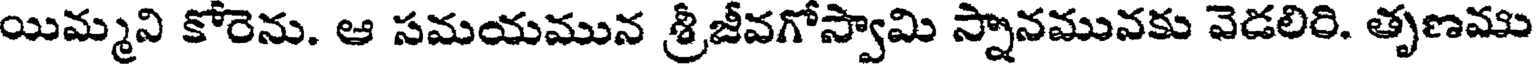
యిమ్మని కోరెను. ఆ సమయమున శ్రీజీవగోస్వామి స్నానమునకు వెడలిరి. తృణము